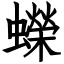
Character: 蠑